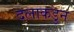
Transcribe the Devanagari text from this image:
दलाकडुन